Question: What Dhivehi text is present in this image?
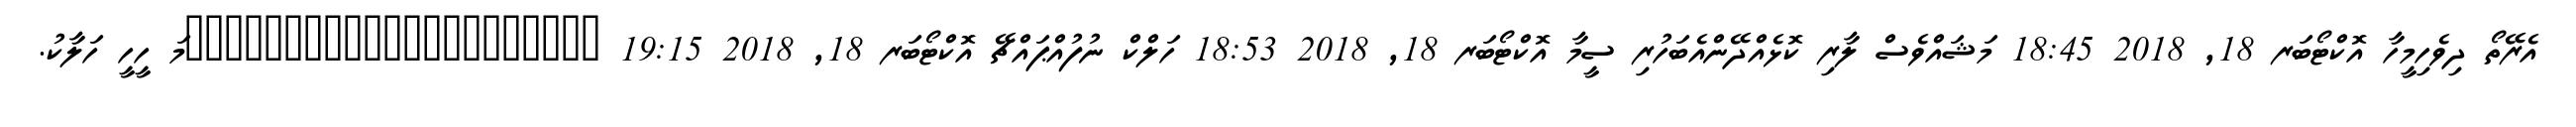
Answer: އެރޭތޯ ދިވެހިމީހާ އޮކްޓޯބަރ 18, 2018 18:45 މަޝައްވެސް ލާރި ކޮޅެއްދޭންއެބަހުރި ސީމާ އޮކްޓޯބަރ 18, 2018 18:53 ހަލްކް ނުފުއްޕައްޗޭ އޮކްޓޯބަރ 18, 2018 19:15 ?????????????????????މަ ހީހީ ހަލާކު.